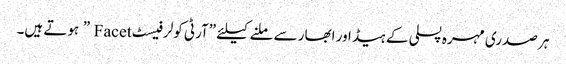
ہر صدری مہرہ پسلی کے ہیڈ اور ابھار سے ملنے کیلئے ”آرٹی کولر فیسٹ Facet ” ہوتے ہیں۔